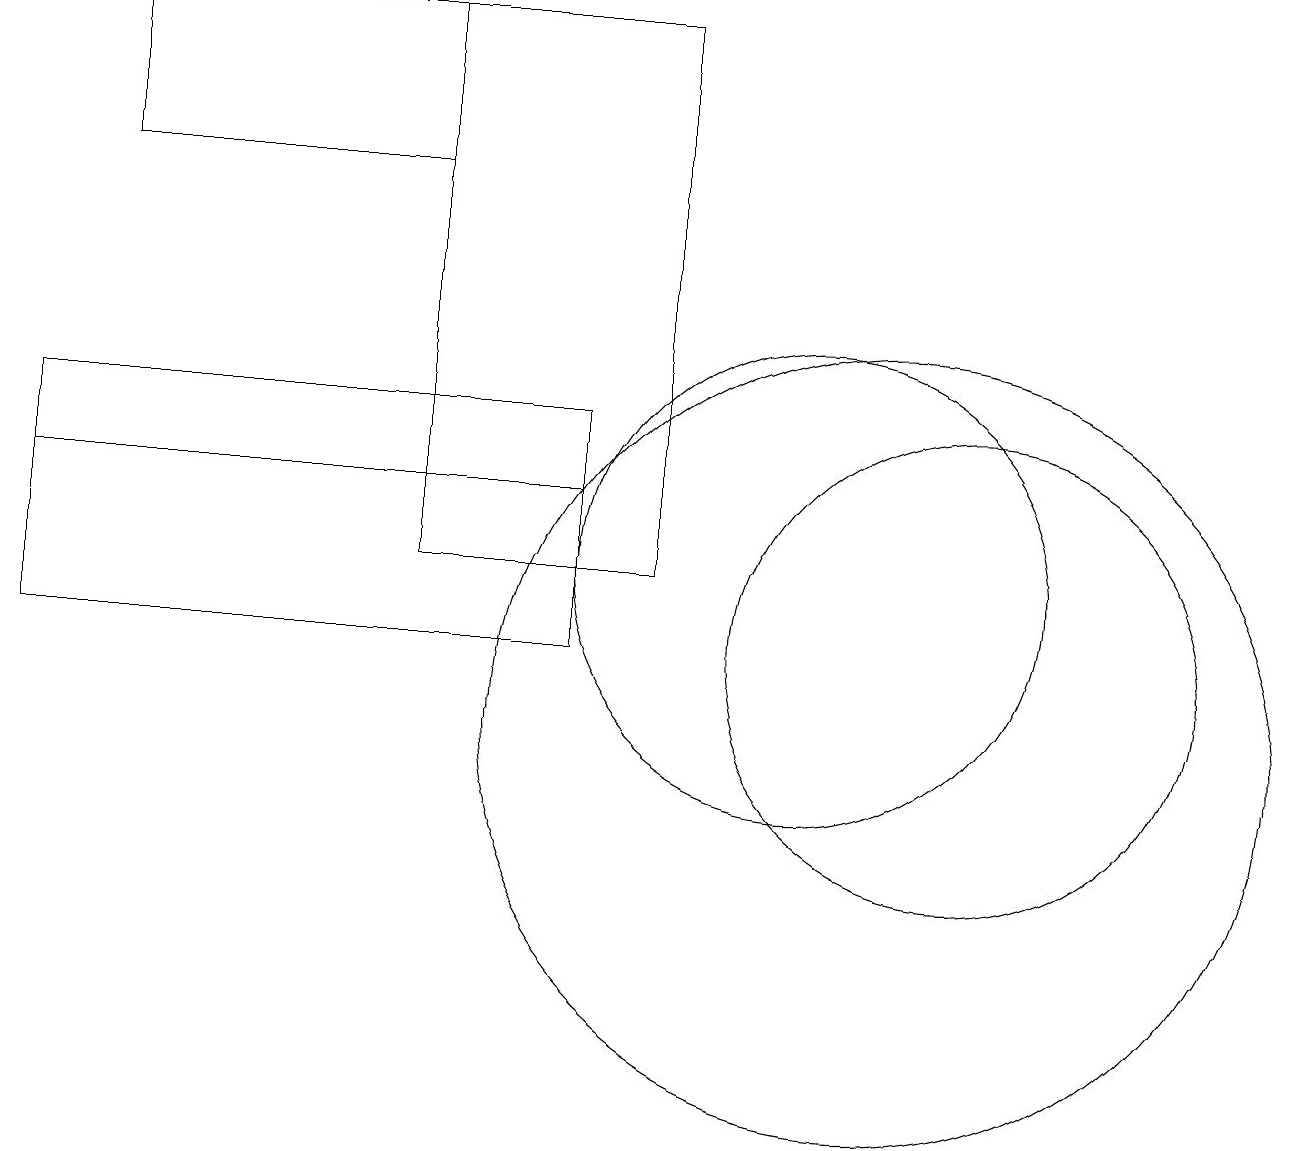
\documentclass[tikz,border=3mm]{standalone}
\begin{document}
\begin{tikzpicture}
\draw (12,11) circle (3);
\draw (7,14) rectangle (0,13);
\draw (8,19) rectangle (5,12);
\draw (7,11) rectangle (0,14);
\draw (1,17) rectangle (5,19);
\draw (11,10) circle (5);
\draw (10,12) circle (3);
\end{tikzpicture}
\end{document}